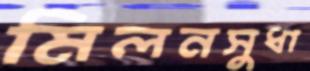
মিলনসুধা